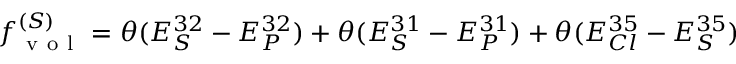
f _ { \mathrm { ~ v ~ o ~ l ~ } } ^ { ( S ) } = \theta ( E _ { S } ^ { 3 2 } - E _ { P } ^ { 3 2 } ) + \theta ( E _ { S } ^ { 3 1 } - E _ { P } ^ { 3 1 } ) + \theta ( E _ { C l } ^ { 3 5 } - E _ { S } ^ { 3 5 } )